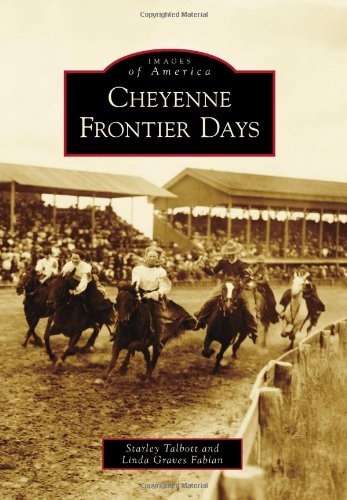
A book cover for Cheyenne Frontier Days (Images of America (Arcadia Publishing)); Starley Talbott; Sports & Outdoors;